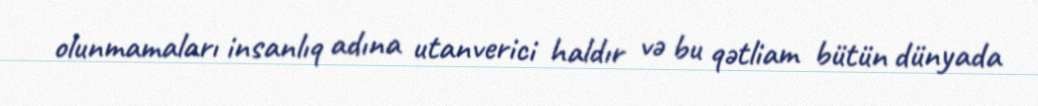
olunmamaları insanlıq adına utanverici haldır və bu qətliam bütün dünyada